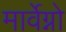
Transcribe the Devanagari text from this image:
मार्वेग्नो